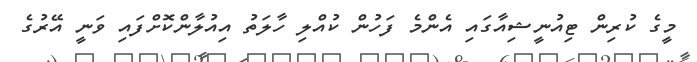
މީގެ ކުރިން ޓިއުނީޝިއާގައި އެންމެ ފަހުން ކުއްލި ހާލަތު އިއުލާންކޮށްފައި ވަނީ އޭރުގެ